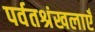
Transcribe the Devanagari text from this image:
पर्वतश्रंखलाएँ